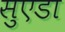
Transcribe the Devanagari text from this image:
सुएडा